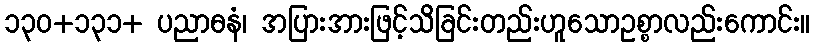
၁၃၀+၁၃၁+ ပညာဓနံ၊ အပြားအားဖြင့်သိခြင်းတည်းဟူသောဥစ္စာလည်းကောင်း။